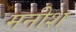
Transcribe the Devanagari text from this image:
मनीश